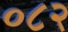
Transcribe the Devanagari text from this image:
०८२